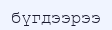
бүгдээрээ